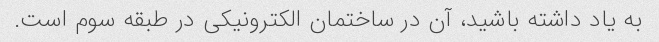
به یاد داشته باشید، آن در ساختمان الکترونیکی در طبقه سوم است.